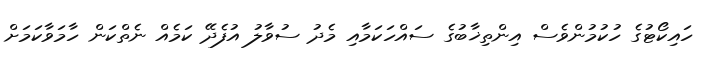
ހައިކޯޓުގެ ހުކުމުންވެސް އިންތިޚާބުގެ ސައްހަކަމާއި މެދު ސުވާލު އުފެދޭ ކަމެއް ނެތްކަން ހާމަވާކަމަށް